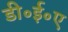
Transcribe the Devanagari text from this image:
डी॰ई॰ए